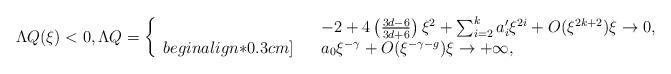
LaTeX: \begin{align*}\Lambda Q(\xi) < 0, \Lambda Q =\left\{ \begin{array}{rcl} & & -2 + 4 \left( \frac{3d-6}{3d+6} \right) \xi^2 + \sum_{i=2}^k a_i' \xi^{ 2i} + O(\xi^{2k+2}) \xi \to 0, \\begin{align*}0.3cm] & & a_0 \xi^{-\gamma} + O(\xi^{-\gamma -g}) \xi \to +\infty, \end{array} \right. \end{align*}